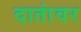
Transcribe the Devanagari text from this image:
दातांवर